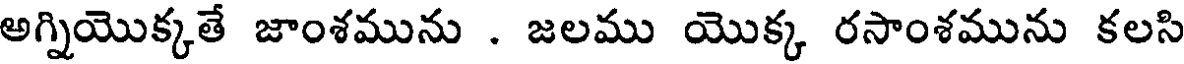
అగ్నియొక్కతే జాంశమును . జలము యొక్క రసాంశమును కలసి